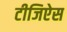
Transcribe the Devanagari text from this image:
टीजिऐस